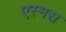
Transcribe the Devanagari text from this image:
एस्मस